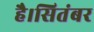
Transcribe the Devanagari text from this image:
है।सितंबर